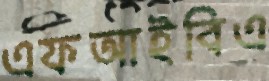
এফআইবিএ